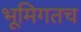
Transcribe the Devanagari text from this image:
भूमिगतच